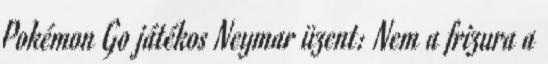
Pokémon Go játékos Neymar üzent: Nem a frizura a